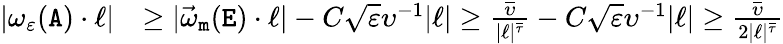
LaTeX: \begin{array}{rl}{|\omega_{\varepsilon}({\mathtt A})\cdot\ell|}&{\geq|\vec{\omega}_{\mathtt m}(\mathtt E)\cdot\ell|-C\sqrt{\varepsilon}\upsilon^{-1}|\ell|\geq\frac{\overline{\upsilon}}{|\ell|^{\overline{\tau}}}-C\sqrt{\varepsilon}\upsilon^{-1}|\ell|\geq\frac{\overline{\upsilon}}{2|\ell|^{\overline{\tau}}}}\end{array}